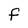
Character: F